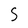
Character: 5